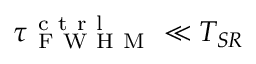
\tau _ { \mathrm { ~ F ~ W ~ H ~ M ~ } } ^ { \mathrm { ~ c ~ t ~ r ~ l ~ } } \ll T _ { S R }